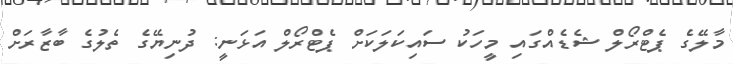
މާލޭގެ ޕެޓްރޯލް ޝެޑެއްގައި މީހަކު ސައިކަލަކަށް ޕެޓްރޯލް އަޅަނީ: ދުނިޔޭގެ ތެލުގެ ބާޒާރަށް